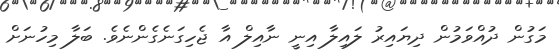
މަގުން ދުއްވަމުން ދިޔައިރު ލައިލާ އިނީ ނާއިލް އާ ޖެހިގަނެގެންނެވެ. ބަލާ މިހުނަށް